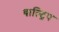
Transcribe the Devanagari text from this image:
वाल्ट्रिप